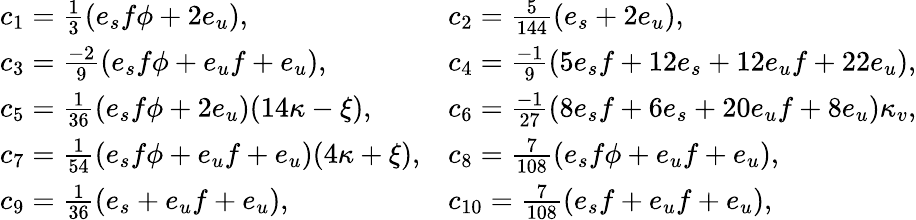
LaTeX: \begin{array}{ll}{{c_{1}={\frac{1}{3}}(e_{s}f\phi+2e_{u}),}}&{{c_{2}={\frac{5}{144}}(e_{s}+2e_{u}),}}\\ {{c_{3}={\frac{-2}{9}}(e_{s}f\phi+e_{u}f+e_{u}),}}&{{c_{4}={\frac{-1}{9}}(5e_{s}f+12e_{s}+12e_{u}f+22e_{u}),}}\\ {{c_{5}={\frac{1}{36}}(e_{s}f\phi+2e_{u})(14\kappa-\xi),}}&{{c_{6}={\frac{-1}{27}}(8e_{s}f+6e_{s}+20e_{u}f+8e_{u})\kappa_{v},}}\\ {{c_{7}={\frac{1}{54}}(e_{s}f\phi+e_{u}f+e_{u})(4\kappa+\xi),}}&{{c_{8}={\frac{7}{108}}(e_{s}f\phi+e_{u}f+e_{u}),}}\\ {{c_{9}={\frac{1}{36}}(e_{s}+e_{u}f+e_{u}),}}&{{c_{10}={\frac{7}{108}}(e_{s}f+e_{u}f+e_{u}),}}\end{array}